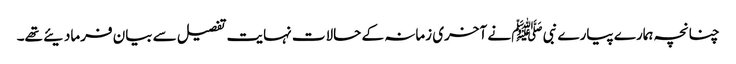
چنانچہ ہمارے پیارے نبی ﷺ نے آخری زمانہ کے حالات نہایت تفصیل سے بیان فرمادیئے تھے۔